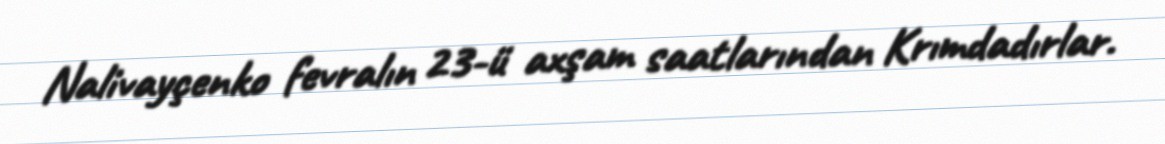
Nalivayçenko fevralın 23-ü axşam saatlarından Krımdadırlar.